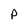
Character: P